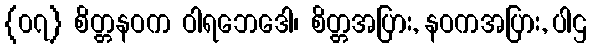
{၀၇} စိတ္တနဝက ဝါရဘေဒေါ၊ စိတ္တအပြား, နဝကအပြား, ပါဌ